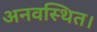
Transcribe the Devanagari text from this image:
अनवस्थित।